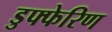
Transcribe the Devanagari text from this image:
डुफ्फेरिण